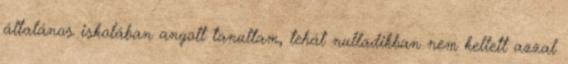
általános iskolában angolt tanultam, tehát nulladikban nem kellett azzal